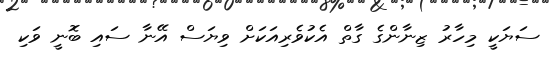
ސަޔަކީ މިހާރު ޒިނާންގެ ގާތް އެކުވެރިއަކަށް ވިޔަސް އޭނާ ސައި ބޮނީ ވަކި